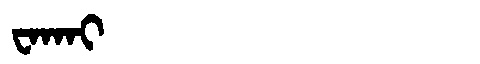
Manchu: ᠸᠠᡴᠠᡳ
Romanization: WAKAI